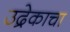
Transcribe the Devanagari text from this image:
उद्रेकाचा